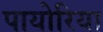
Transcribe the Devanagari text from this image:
पायोरिया